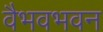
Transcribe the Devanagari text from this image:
वैभवभवन